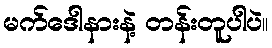
မက်ဒေါနားနဲ့ တန်းတူပါပဲ။